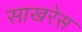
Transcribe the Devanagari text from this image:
साखरेस